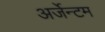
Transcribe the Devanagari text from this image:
अर्जेन्टम